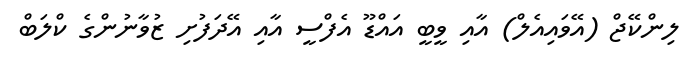
ލިންކޭޖް (އޭވައިއެލް) އާއި ވީބީ އައްޑޫ އެފްސީ އާއި އޭދަފުށި ޒުވާނުންގެ ކްލަބް